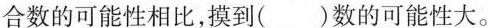
合数的可能性相比，摸到( )数的可能性大。